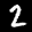
Label: 2